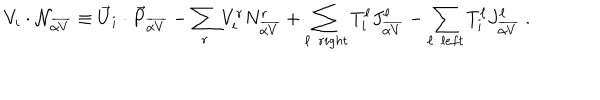
V _ { i } \cdot { \cal N } _ { \overline { { { \alpha V } } } } \equiv { \vec { U } } _ { i } \cdot { \vec { P } } _ { \overline { { { \alpha V } } } } - \sum _ { r } V _ { i } ^ { r } N _ { \overline { { { \alpha V } } } } ^ { r } + \sum _ { \ell : ~ r i g h t } T _ { i } ^ { \ell } J _ { \overline { { { \alpha V } } } } ^ { \ell } - \sum _ { \ell : ~ l e f t } T _ { i } ^ { \ell } J _ { \overline { { { \alpha V } } } } ^ { \ell } ~ .